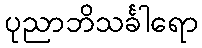
ပုညာဘိသင်္ခါရော